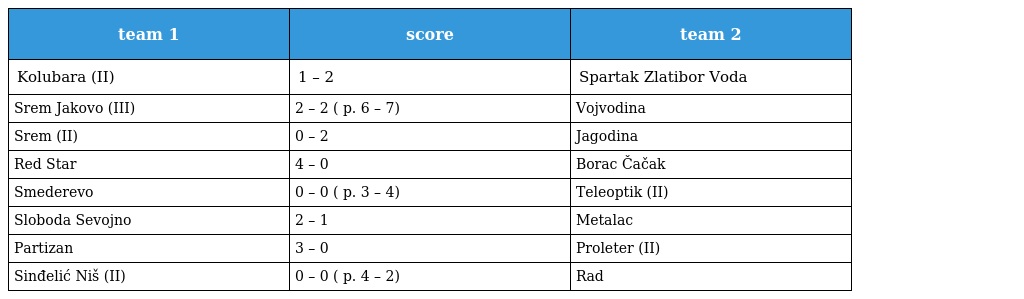
| team 1 | score | team 2 |
 | --- | --- | --- |
 | Kolubara (II) | 1 – 2 | Spartak Zlatibor Voda |
 | Srem Jakovo (III) | 2 – 2 ( p. 6 – 7) | Vojvodina |
 | Srem (II) | 0 – 2 | Jagodina |
 | Red Star | 4 – 0 | Borac Čačak |
 | Smederevo | 0 – 0 ( p. 3 – 4) | Teleoptik (II) |
 | Sloboda Sevojno | 2 – 1 | Metalac |
 | Partizan | 3 – 0 | Proleter (II) |
 | Sinđelić Niš (II) | 0 – 0 ( p. 4 – 2) | Rad |